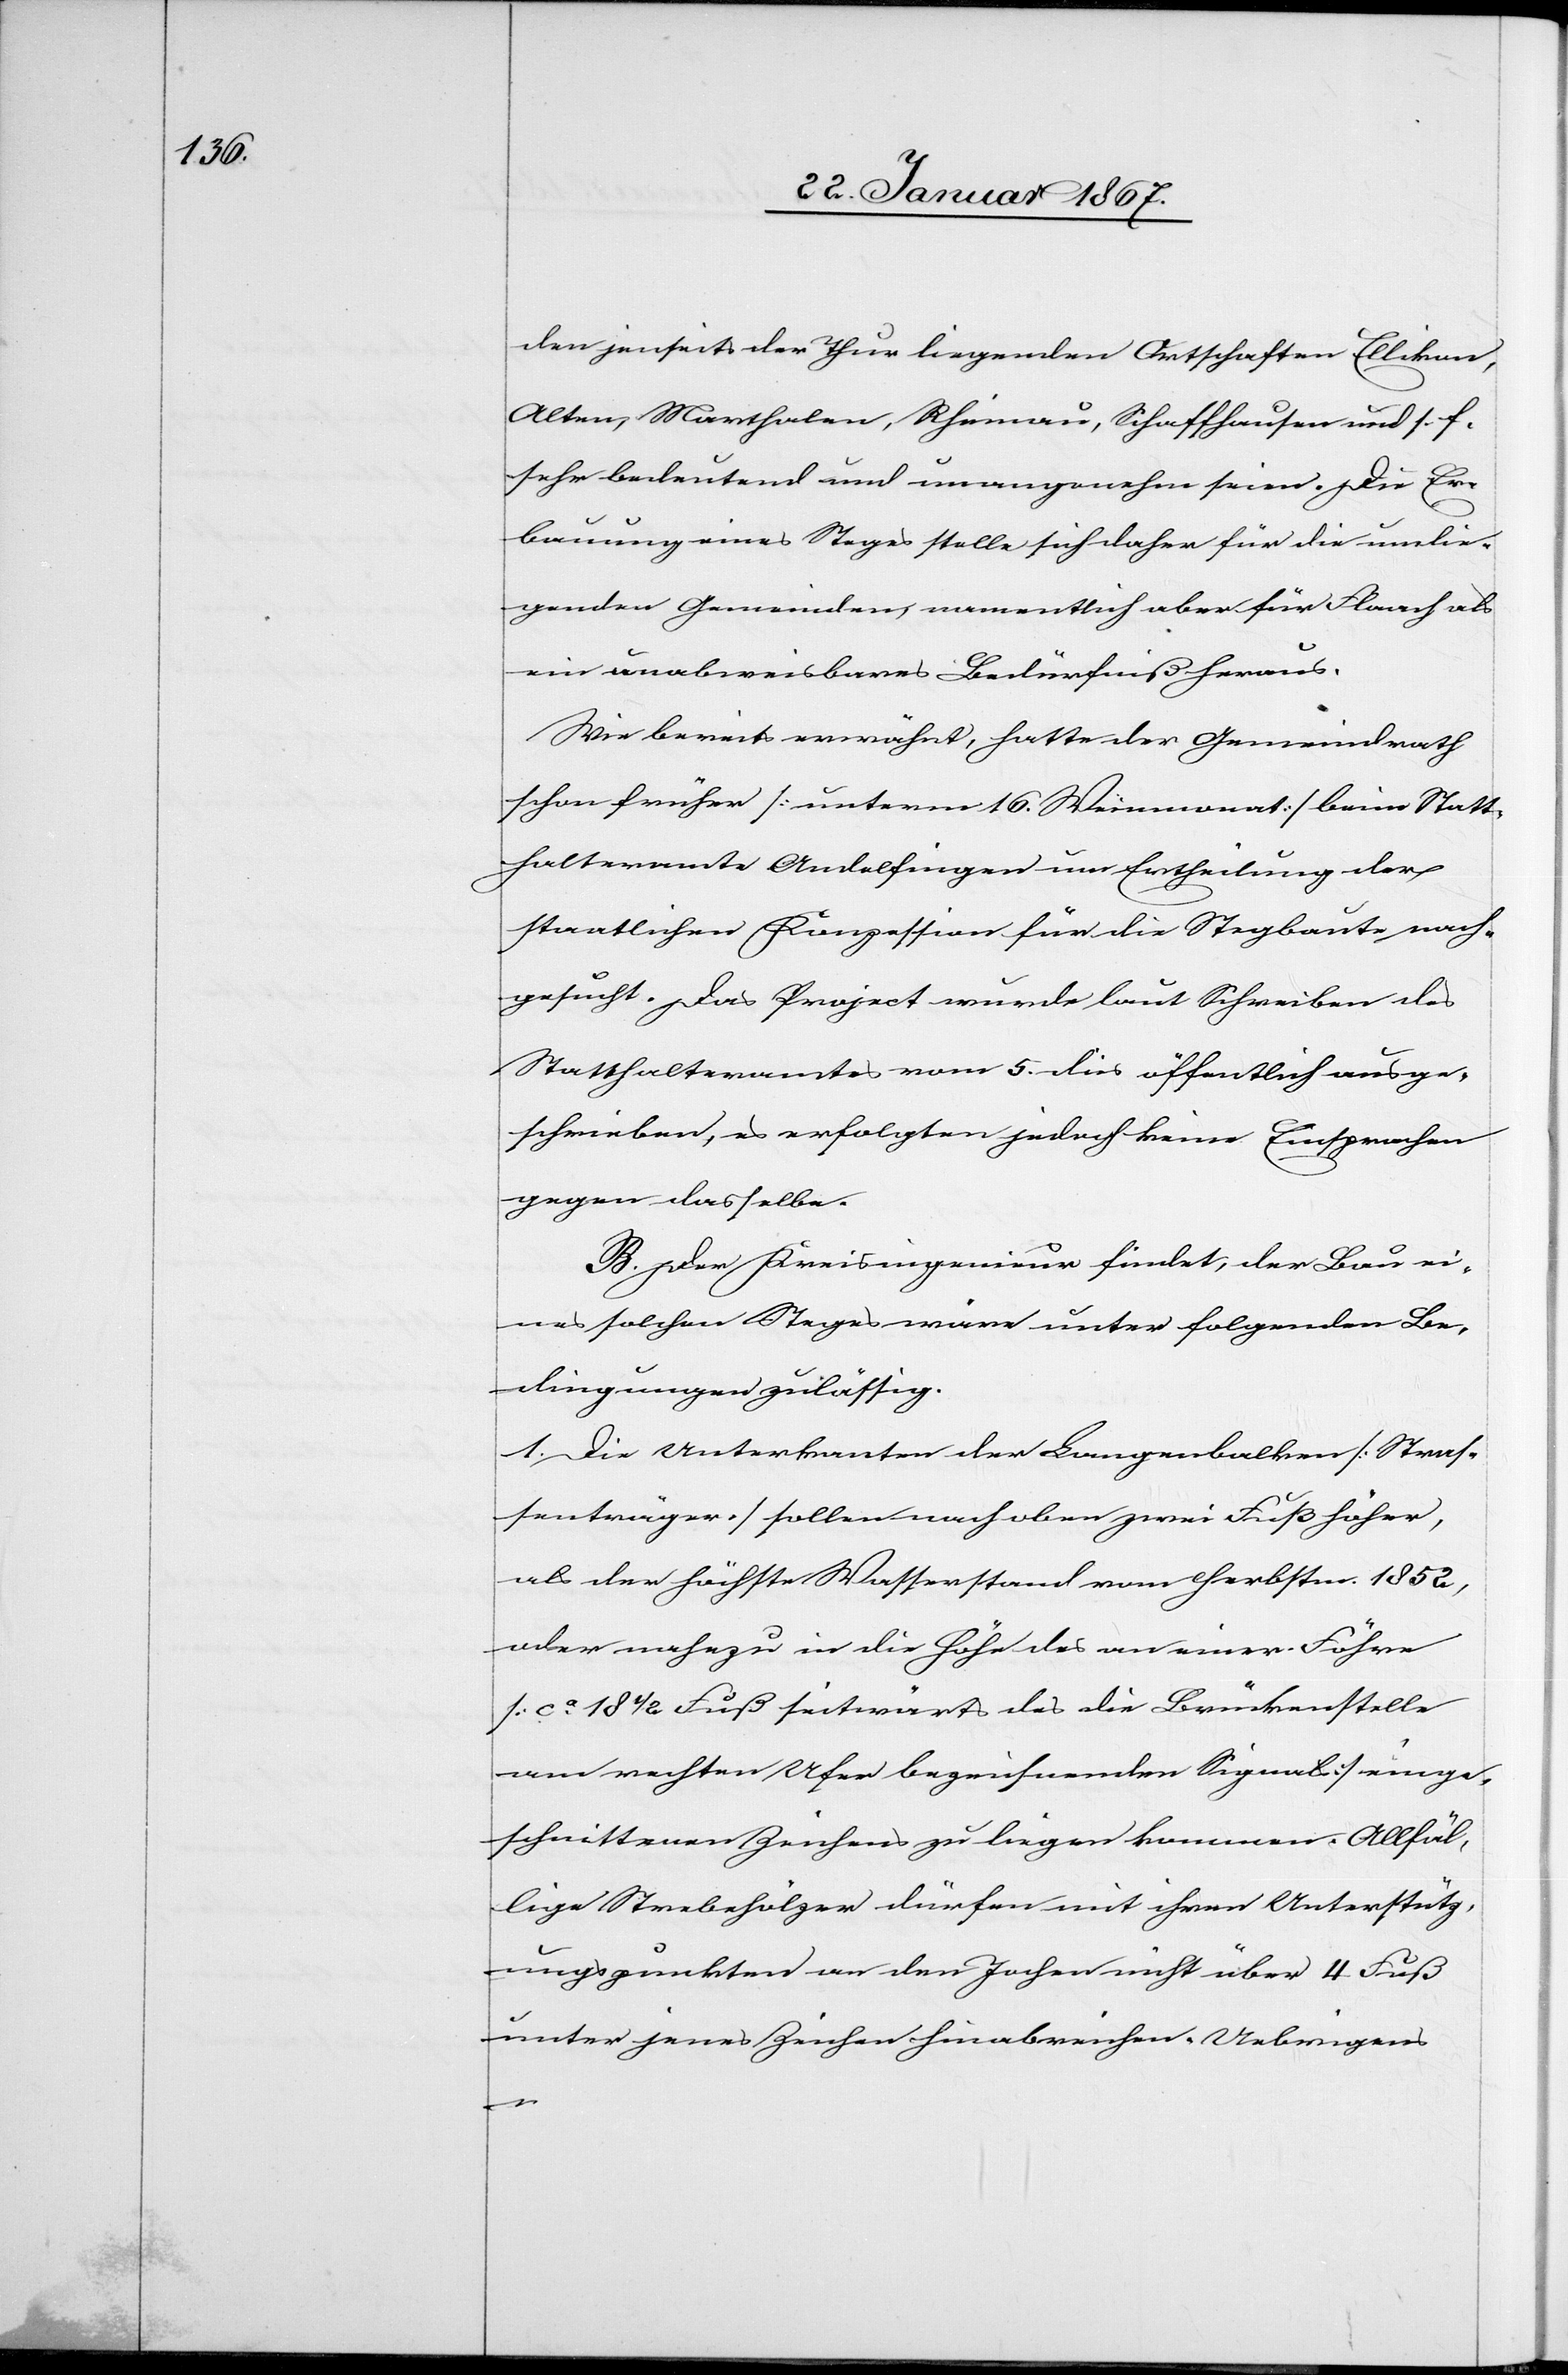
den jenseits der Thur liegenden Ortschaften Ellikon,
Alten, Marthalen, Rheinau, Schaffhausen und s. f.
sehr bedeutend und unangenehm seien. Die Er¬
bauung eines Steges stelle sich daher für die umlie¬
genden Gemeinden, namentlich aber für Flaach als
ein unabweisbares Bedürfniß heraus.
Wie bereits erwähnt, hatte der Gemeindrath
schon früher [unterm 16. Weinmonat] beim Statt¬
halteramte Andelfingen um Ertheilung der
staatlichen Konzession für die Stegbaute nach¬
gesucht. Das Project wurde laut Schreiben des
Statthalteramtes vom 5. dies öffentlich ausge¬
schrieben, es erfolgten jedoch keine Einsprachen
gegen dasselbe.
B. Der Kreisingenieur findet, der Bau ei¬
nes solchen Steges wäre unter folgenden Be¬
dingungen zulässig.
1. Die Unterkanten der Langenbalken [Straß¬
enträger] sollen nach oben zwei Fuß höher,
als der höchste Wasserstand vom Herbste 1852,
oder nahezu in die Höhe des an einer Fähre
[ca 18 1/2 Fuß seitwärts des die Brückenstelle
am rechten Ufer bezeichnenden Signals] einge¬
schnittenen Zeichens zu liegen kommen. Allfäl¬
lige Strebehölzer dürfen mit ihren Unterstütz¬
ungspunkten an den Jochen nicht über 4 Fuß
unter jenes Zeichen hinabreichen. Uebrigens